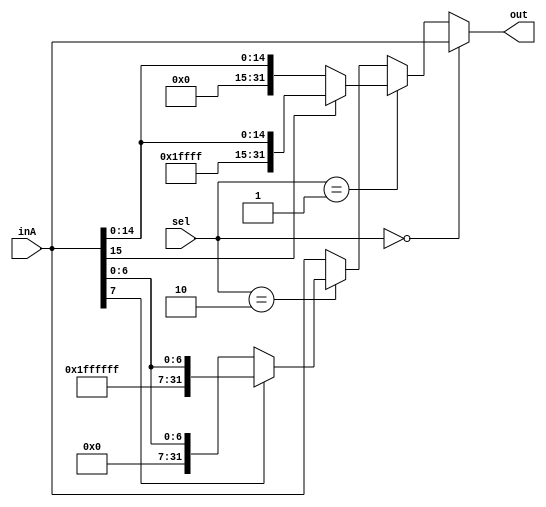
`timescale 1ns / 1ps
//////////////////////////////////////////////////////////////////////////////////
// Company: 
// Engineer: 
// 
// Design Name: 
// Module Name: Mux3to1signed
// Project Name: 
// Target Devices: 
// Tool Versions: 
// Description: 
// 
// Dependencies: 
// 
// Revision:
// Revision 0.01 - File Created
// Additional Comments:
// 
//////////////////////////////////////////////////////////////////////////////////


module Mux3to1signed(out, inA, sel);

    output reg [31:0] out;
    
    input [31:0] inA;
    
    input [1:0] sel;
    
    always@(sel, inA) begin
        if (sel == 0) begin // changed
            out <= inA;
        end
        else if ( sel == 1) begin
            if(inA[15] == 0) begin 
                out <= {16'd0,inA[15:0]};
            end
            else begin 
                out <= {16'b1111111111111111,inA[15:0]};
            end
            
        end
        else if (sel == 2) begin //not working 
           if(inA[7] == 0) begin 
              out <= {24'd0,inA[7:0]};
           end
           else begin
              out <= {24'b111111111111111111111111,inA[7:0]};
           end
        end
        else begin 
            out <= inA;
        end
    end 

endmodule